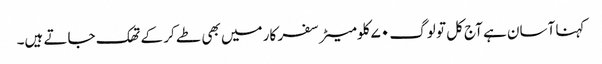
کہنا آسان ہے آج کل تو لوگ ۷۰ کلومیٹر سفر کار میں بھی طے کر کے تھک جاتے ہیں۔